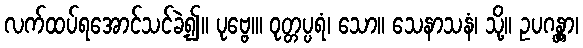
လက်ထပ်ရအောင်သင်ခဲ့၍။ ပုဗ္ဗေ၊။ ဝုတ္တပ္ပရံ၊ သော။ သေနာသနံ၊ သို့။ ဥပဂန္တွာ၊